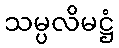
သမ္ပလိမဋ္ဌံ